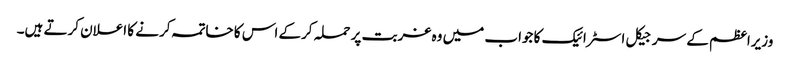
وزیراعظم کے سرجیکل اسٹرائیک کا جواب میں وہ غربت پر حملہ کرکے اس کا خاتمہ کرنے کا اعلان کرتے ہیں۔